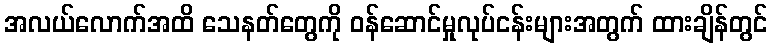
အလယ်လောက်အထိ သေနတ်တွေကို ဝန်ဆောင်မှုလုပ်ငန်းများအတွက် ထားချိန်တွင်